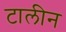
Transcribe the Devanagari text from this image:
टालीन